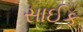
સાઈક